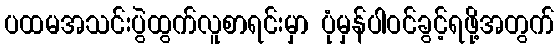
ပထမအသင်းပွဲထွက်လူစာရင်းမှာ ပုံမှန်ပါဝင်ခွင့်ရဖို့အတွက်